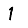
Digit: 1